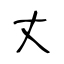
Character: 丈